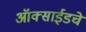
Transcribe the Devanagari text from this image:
ऑक्साईडचे